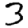
Digit: 3